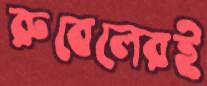
রুবেলেরই